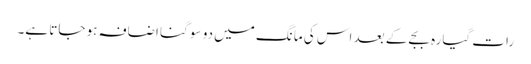
رات گیارہ بجے کے بعد اس کی مانگ میں دو سو گنا اضافہ ہو جاتا ہے۔